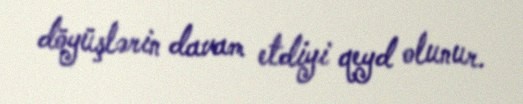
döyüşlərin davam etdiyi qeyd olunur.